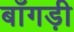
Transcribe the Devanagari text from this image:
बाँगड़ी